Medical and sanitary report of the native army of Bengal for the year
Year: 1876
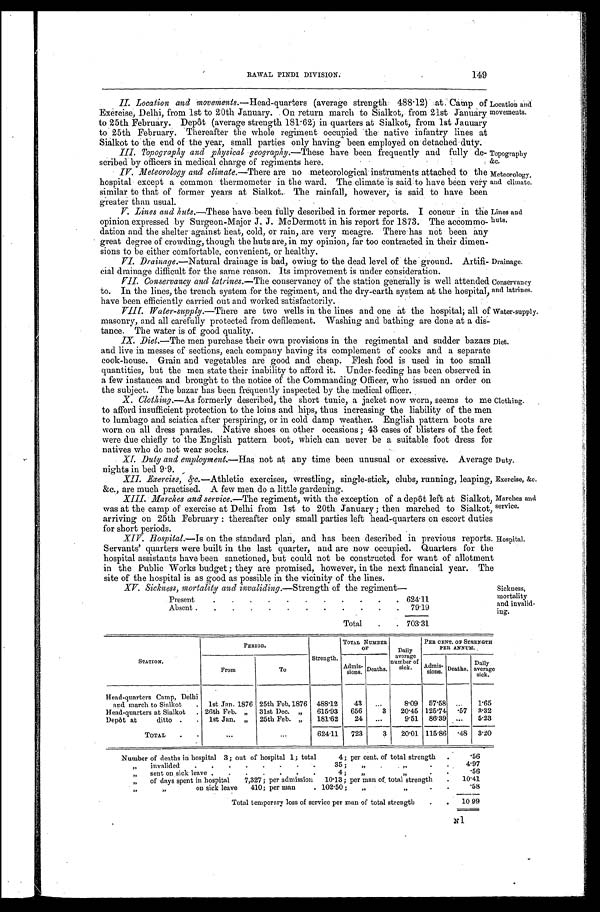
Location and
movements.
Topography &c.
Meteorology,
and climate.
Li nes and
huts.
Drainage.
Conservancy
and latrines.
Water-supply.
Diet.
Clothing.
Duty.
Exercise, &c.
Marches and
service.
Hospital.
Sickness,
mortality
and invalid
- ing.
149
RAWAL PINDI DIVISION.
II. Location and Movements.—Head-quarters (average strength 488.12) at Camp of
Exerci se, Del hi , from 1st to 20th January. On return march to Si al kot, from 21st January
to 25th February. Depôt (average strength 181.62) in quarters at Sialkot, from 1st January
to 25th February. Thereafter the whole regiment occupied the native infantry lines at
Sialkot to the end of the year, small parties only having been employed on detached duty.
III. Topography and physical geography.— T h e s e h a v e b e e n f r e q u e n t l y a n d f u l l y d e -
scribed by officers in medical charge of regiments here.
e
IV. Meteorology and climate.—There are no meteorological instruments attached to the
hospital except a common thermometer in the ward. The climate is said to have been very
similar to that of former years at Sialkot. The rainfall, however, is said to have been
greater than usual.
V. Lines and huts.—These have been fully described in former reports. I concur in the
opinion expressed by Surgeon-Major J. J. McDermott in his report for 1873. The accommo-
dation and the shelter against heat, cold, or rain, are very meagre. There has not been any
great degree of crowding, though the huts are, in my opinion, far too contracted in their dimen-
sions to be either comfortable, convenient, or healthy.
VI. Drainage.—Natural drainage is bad, owing to the dead level of the ground. Artifi-
cial drainage difficult for the same reason. Its improvement is under consideration.
VII. Conservancy and latrines.—The conservancy of the station generally is well attended
to. In the lines, the trench system for the regiment, and the dry-earth system at the hospital,
have been efficiently carried out and worked satisfactorily.
VIII. Water-supply.—There are two wells in the lines and one at the hospital; all of
masonry, and all carefully protected from defilement. Washing and bathing are done at a dis-
tance. The water is of good quality.
IX. Diet.—The men purchase their own provisions in the regimental and sudder bazars
and live in messes of sections, each company having its complement of cooks and a separate
cook-house. Grain and vegetables are good and cheap. Flesh food is used in too smal
l q u a n t i t i e s , b u t t h e m e n s t a t e t h e i r i n a b i l i t y t o a f f o r d i t . U n d e r - f e e d i n g h a s b e e n o b s e r v e d i n
a few instances and brought to the notice of the Commanding Officer, who issued an order on
the subject. The bazar has been frequently inspected by the medical officer.
X. Clothing.—As formerly described, the short tunic, a jacket now worn, seems to me
to afford insufficient protection to the loins and hips, thus increasing the liability of the men
to lumbago and sciatica after perspiring, or in cold damp weather. English pattern boots are
worn on all dress parades. Native shoes on other occasions; 43 cases of blisters of the feet
were due chiefly to the English pattern boot, which can never be a suitable foot dress for
natives who do not wear socks.
XI. Duty and employment.—Has not at any time been unusual or excessive. Average
nights in bed 9.9.
XII. Exercise, &c.—Athletic exercises, wrestling, single-stick, clubs, running, leaping,
&c., are much practised. A few men do a little gardening.
XIII. Marches and service. —The regiment, with the exception of a depôt left at Sialkot,
was at the camp of exercise at Delhi from 1st to 20th January; then marched to Sialkot,
arriving on 25th February: thereafter only small parties left head-quarters on escort duties
for short periods.
XIV. Hospital.—Is on the standard plan, and has been described in previous reports.
Servants' quarters were built in the last quarter, and are now occupied. Quarters for the
hospital assistants have been sanctioned, but could not be constructed for want of allotment
in the Public Works budget; they are promised, however, in the next financial year. The
site of the hospital is as good as possible in the vicinity of the lines.
XV. Sickness, mortality and invaliding.—Strength of the regiment—
Present
624. 11
Absent
79. 19
Total
703.31
STATION.
PERIOD.
Strength.
TOTAL NUMBER
OF
Daily
average
number of
sick.
PER CENT. OF STRENGTH
PER ANNUM.
F r o m
To
Admis-
sions. Deaths.
Admi s-si ons. Deaths. Daily
average sick.
Head-quarters Camp, Delhi
and march to Sialkot
1st Jan. 1876 25th Feb. 1876 488.12 43
8.09 57.58
1.65
Head-quarters at Sialkot
26th Feb. " 31st Dec. " 615.93 656
3 20.45 125.74 .57 3.32
Depôt at ditto
1st Jan. " 25th Feb. " 181.62 24
9.51 86.39
5.23
TOTAL
624.11 723
3 20.01 115.86 .48 3.20
Number of deaths in hospital 3; out of hospital 1; total 4; per cent. of total strength
.56
" invalided 35; " "
4.97
" sent on sick leave 4; " "
. 5 6
" of days spent in hospital 7,327; per admission 10.13; per man of total strength 10.41
" " o n s i c k l e a v e 4 1 0 ; p e r m a n 1 0 2 . 5 0 ; " " .58
Total temporary loss of service per man of total strength
10. 99
N 1